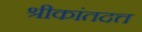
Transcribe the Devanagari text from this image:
श्रीकांतदत्त